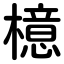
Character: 檍